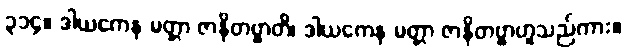
၃၁၄။ ဒါယကေန မတ္တာ ဇာနိတဗ္ဗာတိ၊ ဒါယကေန မတ္တာ ဇာနိတဗ္ဗာဟူသည်ကား။